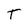
Character: T